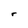
Character: r